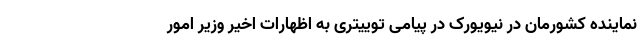
نماینده کشورمان در نیویورک در پیامی توییتری به اظهارات اخیر وزیر امور